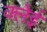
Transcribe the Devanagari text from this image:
क्लेई